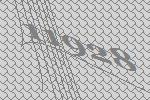
11928